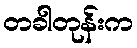
တခါတုန်းက